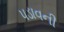
પડાવની